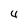
Character: 4